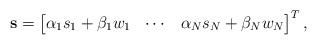
LaTeX: \begin{align*}\mathbf{s}=\begin{bmatrix} \alpha_1 s_{1}+ \beta_1 w_{1} &\cdots &\alpha_N s_{N}+ \beta_{N}w_{N}\end{bmatrix}^T,\end{align*}